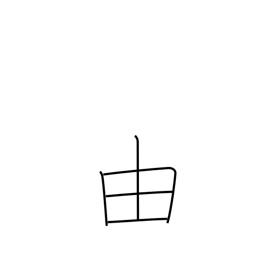
Meaning: wherefore